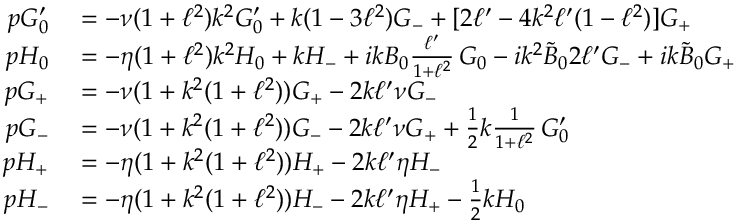
\begin{array} { r l } { p G _ { 0 } ^ { \prime } } & { { } = - \nu ( 1 + \ell ^ { 2 } ) k ^ { 2 } G _ { 0 } ^ { \prime } + { k } ( 1 - 3 \ell ^ { 2 } ) G _ { - } + [ 2 \ell ^ { \prime } - 4 k ^ { 2 } \ell ^ { \prime } ( 1 - \ell ^ { 2 } ) ] G _ { + } } \\ { p H _ { 0 } } & { { } = - \eta ( 1 + \ell ^ { 2 } ) k ^ { 2 } H _ { 0 } + k H _ { - } + i k B _ { 0 } \frac { \ell ^ { \prime } } { 1 + \ell ^ { 2 } } \, G _ { 0 } - i k ^ { 2 } \tilde { B } _ { 0 } 2 \ell ^ { \prime } G _ { - } + i k \tilde { B } _ { 0 } G _ { + } } \\ { p G _ { + } } & { { } = - \nu ( 1 + k ^ { 2 } ( 1 + \ell ^ { 2 } ) ) G _ { + } - 2 k \ell ^ { \prime } \nu G _ { - } } \\ { p G _ { - } } & { { } = - \nu ( 1 + k ^ { 2 } ( 1 + \ell ^ { 2 } ) ) G _ { - } - 2 k \ell ^ { \prime } \nu G _ { + } + \frac { 1 } { 2 } k \frac { 1 } { 1 + \ell ^ { 2 } } \, G _ { 0 } ^ { \prime } } \\ { p H _ { + } } & { { } = - \eta ( 1 + k ^ { 2 } ( 1 + \ell ^ { 2 } ) ) H _ { + } - 2 k \ell ^ { \prime } \eta H _ { - } } \\ { p H _ { - } } & { { } = - \eta ( 1 + k ^ { 2 } ( 1 + \ell ^ { 2 } ) ) H _ { - } - 2 k \ell ^ { \prime } \eta H _ { + } - \frac { 1 } { 2 } k H _ { 0 } } \end{array}